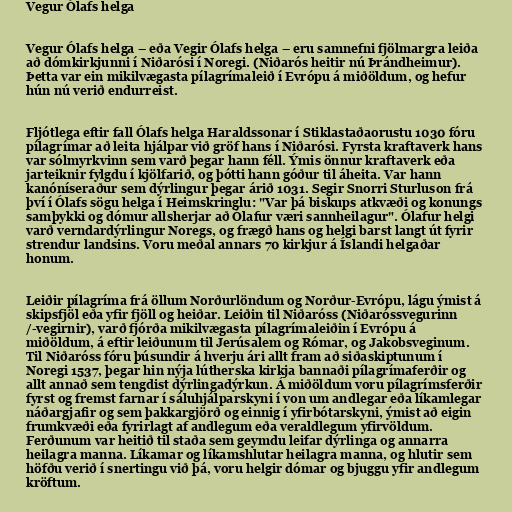
Vegur Ólafs helga

Vegur Ólafs helga – eða Vegir Ólafs helga – eru samnefni fjölmargra leiða
að dómkirkjunni í Niðarósi í Noregi. (Niðarós heitir nú Þrándheimur).
Þetta var ein mikilvægasta pílagrímaleið í Evrópu á miðöldum, og hefur
hún nú verið endurreist.

Fljótlega eftir fall Ólafs helga Haraldssonar í Stiklastaðaorustu 1030 fóru
pílagrímar að leita hjálpar við gröf hans í Niðarósi. Fyrsta kraftaverk hans
var sólmyrkvinn sem varð þegar hann féll. Ýmis önnur kraftaverk eða
jarteiknir fylgdu í kjölfarið, og þótti hann góður til áheita. Var hann
kanóníseraður sem dýrlingur þegar árið 1031. Segir Snorri Sturluson frá
því í Ólafs sögu helga í Heimskringlu: "Var þá biskups atkvæði og konungs
samþykki og dómur allsherjar að Ólafur væri sannheilagur". Ólafur helgi
varð verndardýrlingur Noregs, og frægð hans og helgi barst langt út fyrir
strendur landsins. Voru meðal annars 70 kirkjur á Íslandi helgaðar
honum.

Leiðir pílagríma frá öllum Norðurlöndum og Norður-Evrópu, lágu ýmist á
skipsfjöl eða yfir fjöll og heiðar. Leiðin til Niðaróss (Niðaróssvegurinn
/-vegirnir), varð fjórða mikilvægasta pílagrímaleiðin í Evrópu á
miðöldum, á eftir leiðunum til Jerúsalem og Rómar, og Jakobsveginum.
Til Niðaróss fóru þúsundir á hverju ári allt fram að siðaskiptunum í
Noregi 1537, þegar hin nýja lútherska kirkja bannaði pílagrímaferðir og
allt annað sem tengdist dýrlingadýrkun. Á miðöldum voru pílagrímsferðir
fyrst og fremst farnar í sáluhjálparskyni í von um andlegar eða líkamlegar
náðargjafir og sem þakkargjörð og einnig í yfirbótarskyni, ýmist að eigin
frumkvæði eða fyrirlagt af andlegum eða veraldlegum yfirvöldum.
Ferðunum var heitið til staða sem geymdu leifar dýrlinga og annarra
heilagra manna. Líkamar og líkamshlutar heilagra manna, og hlutir sem
höfðu verið í snertingu við þá, voru helgir dómar og bjuggu yfir andlegum
kröftum.